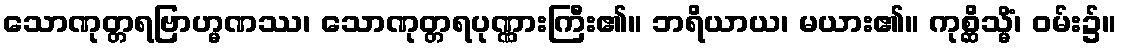
သောဏုတ္တရဗြာဟ္မဏဿ၊ သောဏုတ္တရပုဏ္ဏားကြီး၏။ ဘရိယာယ၊ မယား၏။ ကုစ္ဆိသ္မိံ၊ ဝမ်း၌။